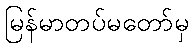
မြန်မာတပ်မတော်မှ